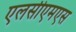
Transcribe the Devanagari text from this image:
एलसीएमएस